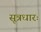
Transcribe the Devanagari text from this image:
सूत्रधारः